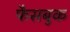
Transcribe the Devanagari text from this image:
फैसबुक